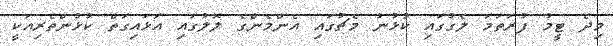
މިދެ ޓީމު ފުރަތަމަ ލެގުގައި ކުޅުނު މެޗުގައި އެންމެންގެ ލޮލުގައި އަޅައިގަތް ކުޅުންތެރިއަކީ